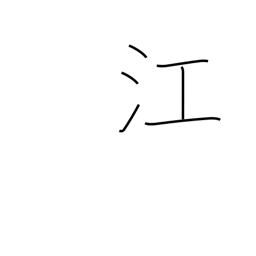
Meaning: inlet